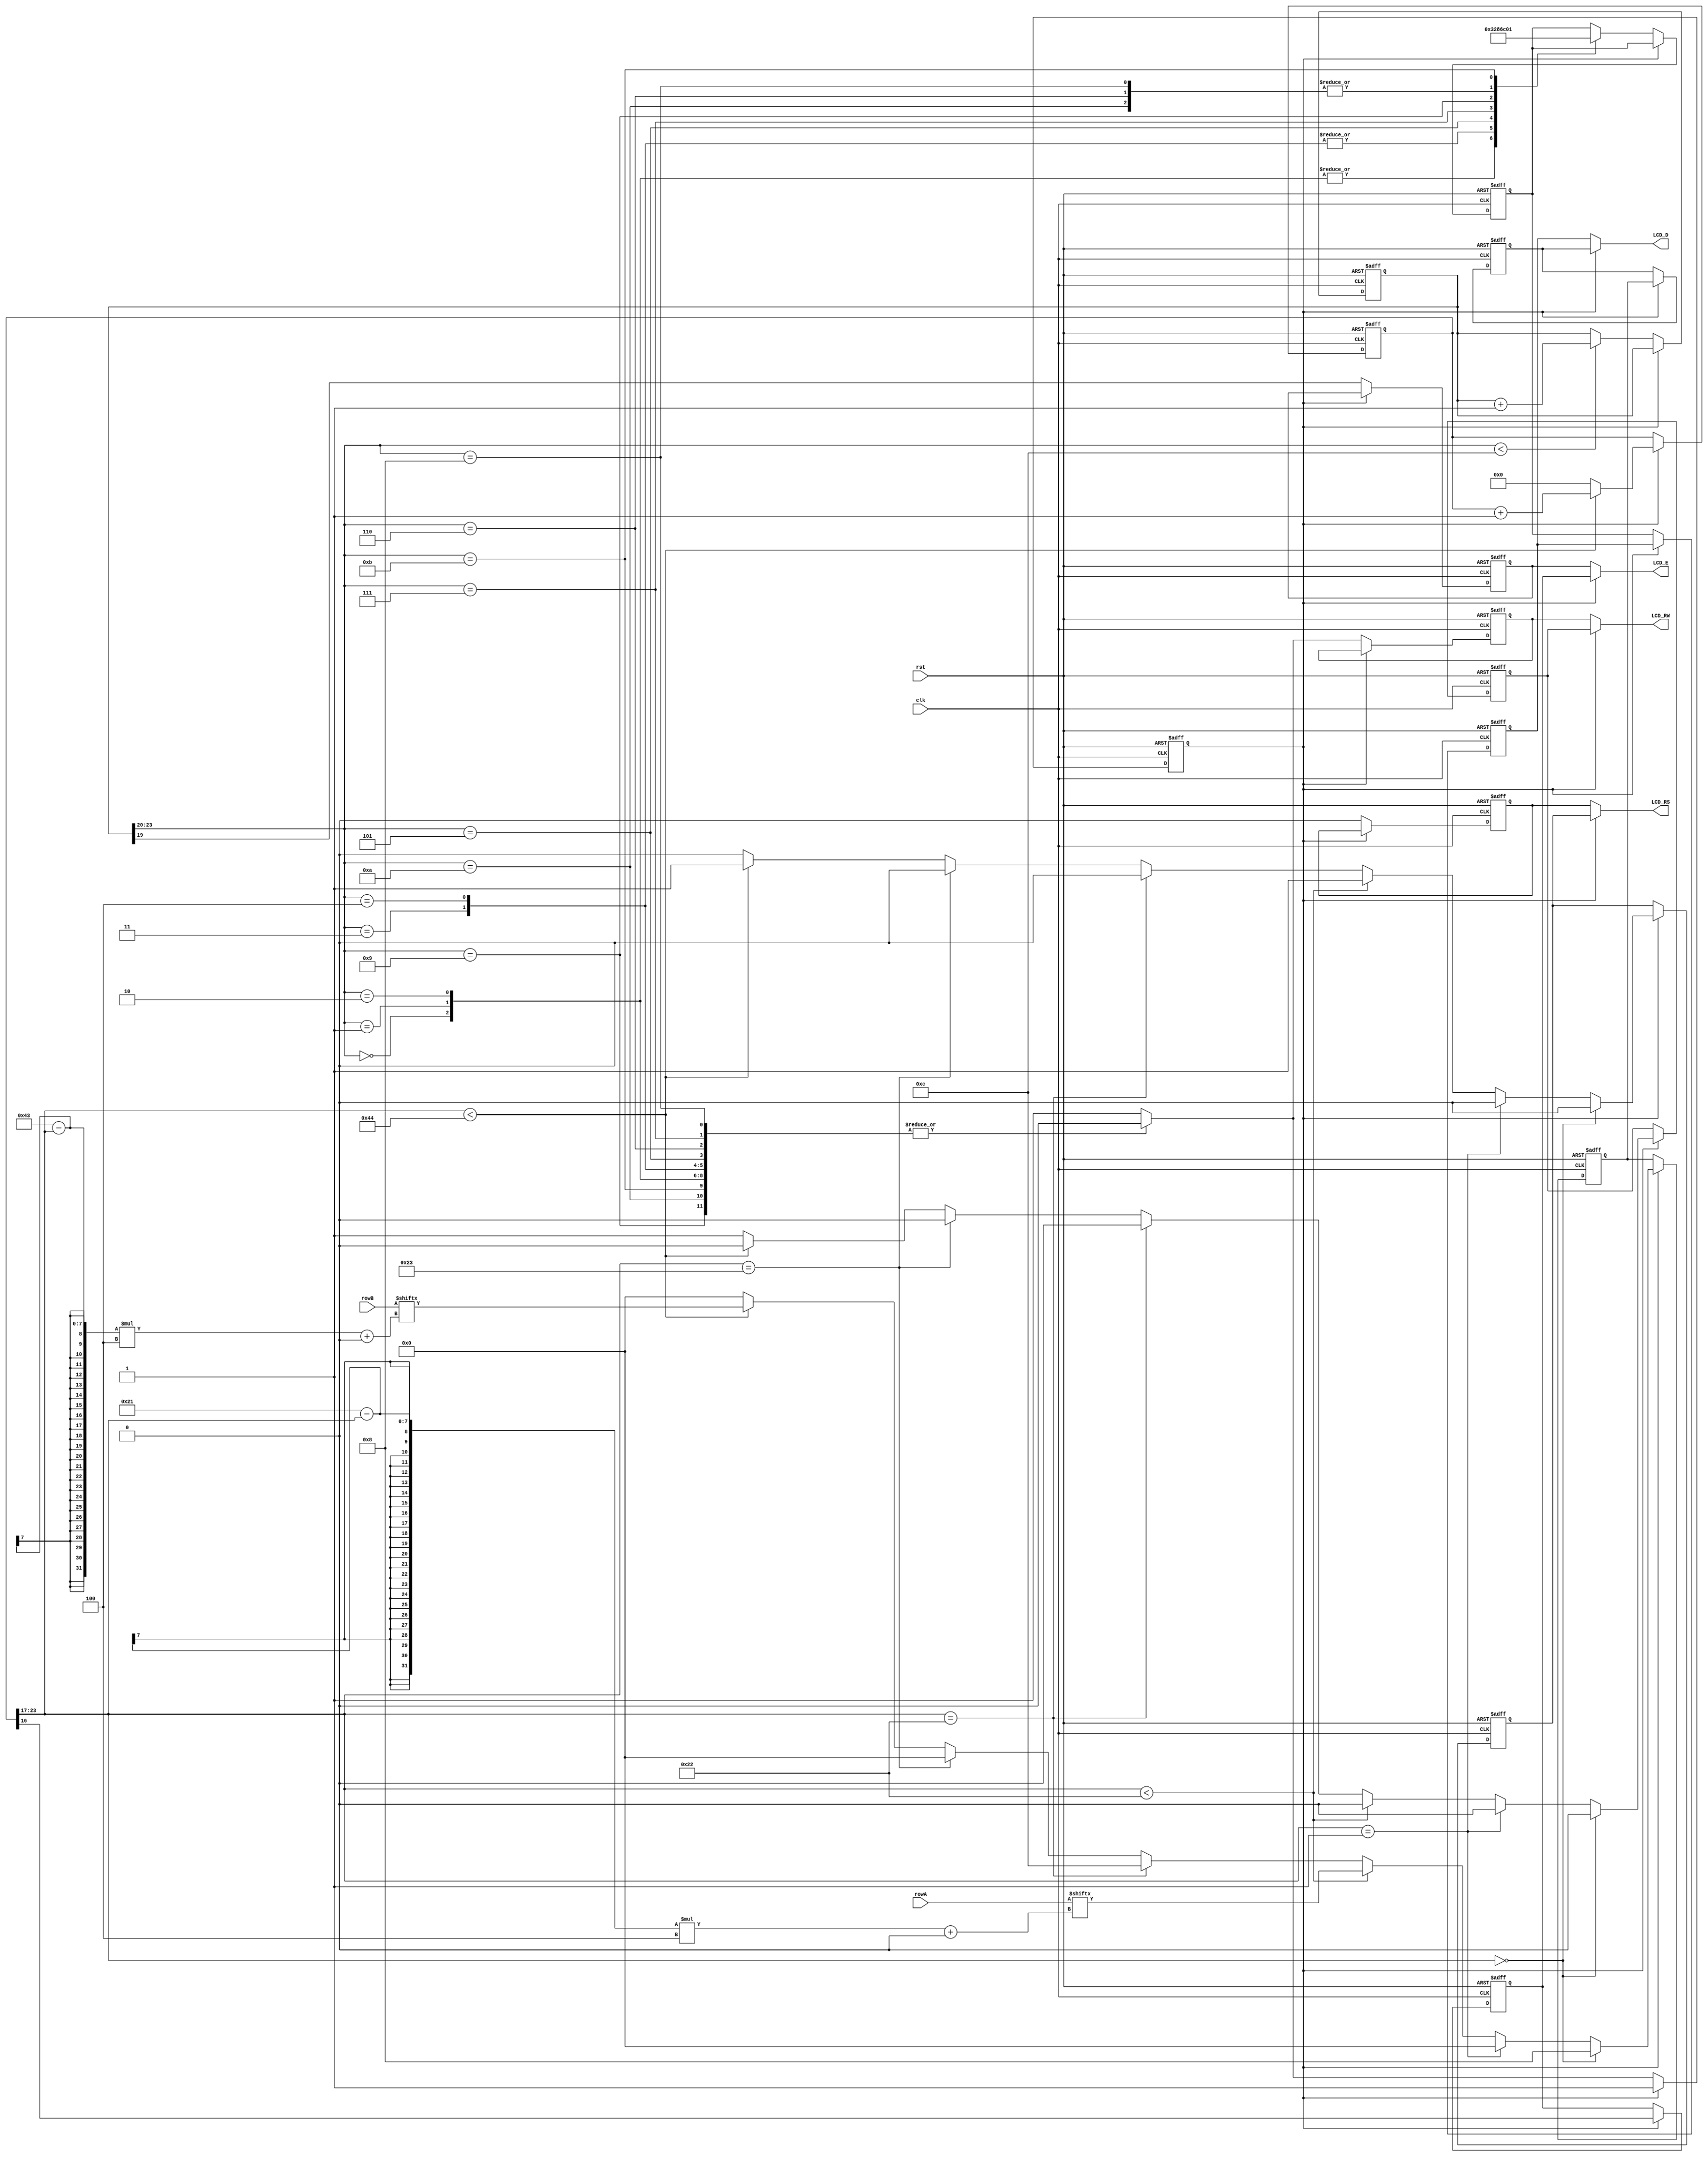
module LCD_module(
	input rst,
	input clk,
	input[16*8-1:0] rowA,
	input[16*8-1:0] rowB,
	output LCD_E,
	output LCD_RS,
	output LCD_RW,
	output[3:0] LCD_D
);
	reg inited;
	reg init_e,init_rs,init_rw;
	reg text_e,text_rs,text_rw;
	reg[3:0] init_d,text_d;
	wire[6:0] tCnt;
	reg[30:0] init_cnt,text_cnt;
	reg[3:0] icode,tcode;

	assign tCnt=text_cnt[23:17];
	assign LCD_E=inited?text_e:init_e;
	assign LCD_RS=inited?text_rs:init_rs;
	assign LCD_RW=inited?text_rw:init_rw;
	assign LCD_D=inited?text_d:init_d;
	
	wire [12*4-1:0] cmdLine=48'h333228060c01;
	
	always@(posedge clk,posedge rst)
		if(rst)begin
			init_e<=0;
			init_rs<=0;
			init_rw<=1;
			inited<=0;
			init_d<=0;
			init_cnt<=0;
			icode<=0;
		end else if(!inited)begin
			init_rs<=0;
			init_rw<=0;
			init_e<=init_cnt[19];
			init_cnt<=(init_cnt[23:20]<12)?init_cnt+1:init_cnt;
			init_d<=icode;
			/*if(init_cnt[23:20]<12)
				icode<={3'b0,cmdLine[(11-init_cnt[23:20])*4+:1]};
			else
				{init_rw,inited}<=2'b11;*/
			case(init_cnt[23:20])
			0:icode<=4'h3;
			1:icode<=4'h3;
			2:icode<=4'h3;
			3:icode<=4'h2;

			4:icode<=4'h2;
			5:icode<=4'h8;

			6:icode<=4'h0;
			7:icode<=4'h6;

			8:icode<=4'h0;
			9:icode<=4'hC;
			10:icode<=4'h0;
			11:icode<=4'h1;
			default:
			{init_rw,inited}<=2'b11;
			endcase
		end
	
	always@(posedge clk, posedge rst)
		if(rst)begin
			text_e<=0;
			text_rs<=0;
			text_rw<=0;
			text_d<=0;
			text_cnt<=0;
			tcode<=0;
		end else if(inited)begin
			text_rs<=1;
			text_rw<=0;
			text_e<=text_cnt[16];
			text_cnt<=(text_cnt[23:17]<68)?text_cnt+1:0;
			text_d<=tcode;
			if(tCnt==0)
				{text_rs,text_rw,tcode}<=6'b001000;
			else if(tCnt==1)
				{text_rs,text_rw,tcode}<=0;
			else if(tCnt<2+32)
				tcode<=rowA[(33-tCnt)*4+:4];
			else if(tCnt==2+32+0)
				{text_rs,text_rw,tcode}<=6'b001100;
			else if(tCnt==2+32+1)
				{text_rs,text_rw,tcode}<=0;
			else if(tCnt<2+32+2+32)
				tcode<=rowB[(67-tCnt)*4+:4];
			else
				{text_rs,text_rw,tcode}<=6'b010000;
		end
endmodule